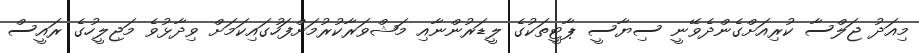
މިއަދު ޖަލްސާ ކުރިއަށްގެންދެވޭނީ ސިޔާސީ ޕާޓީތަކުގެ ލީޑަރުންނާއި މަޝްވަރާކުރުމަށްފަހުގައިކަމަށް ވިދާޅުވެ މަޖިލީހުގެ ރައީސް